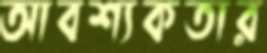
আবশ্যকতার